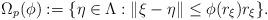
LaTeX: \begin{align*}\Omega_p(\phi) := \{\eta\in\Lambda: \|\xi - \eta\| \leq \phi(r_\xi)r_\xi \}.\end{align*}